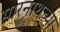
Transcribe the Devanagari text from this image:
सारनाथच्या